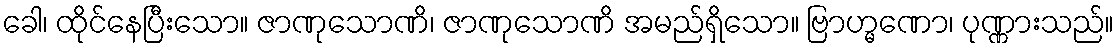
ခေါ၊ ထိုင်နေပြီးသော။ ဇာဏုသောဏိ၊ ဇာဏုသောဏိ အမည်ရှိသော။ ဗြာဟ္မဏော၊ ပုဏ္ဏားသည်။